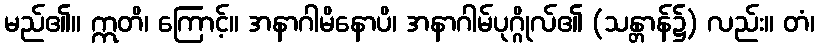
မည်၏။ ဣတိ၊ ကြောင့်။ အနာဂါမိနောပိ၊ အနာဂါမ်ပုဂ္ဂိုလ်၏ (သန္တာန်၌) လည်း။ တံ၊